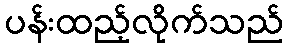
ပန်းထည့်လိုက်သည်